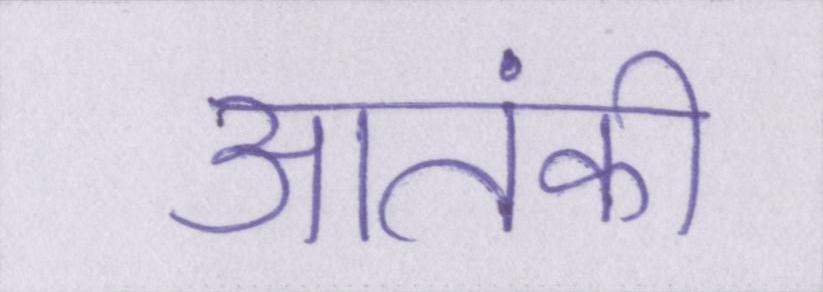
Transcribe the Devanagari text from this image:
आतंकी